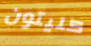
كليتون